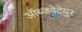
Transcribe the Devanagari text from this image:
ऑब्जवेटेयुर